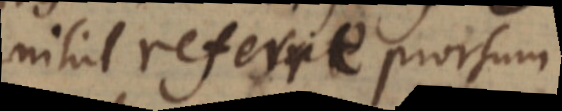
nihil referre prorsum